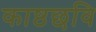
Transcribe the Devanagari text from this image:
काष्ठछवि